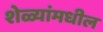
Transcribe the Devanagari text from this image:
शेळ्यांमधील